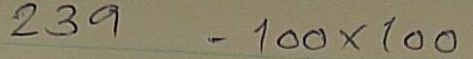
239 = 100 x 100